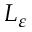
L _ { \varepsilon }